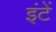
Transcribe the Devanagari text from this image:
इंटें